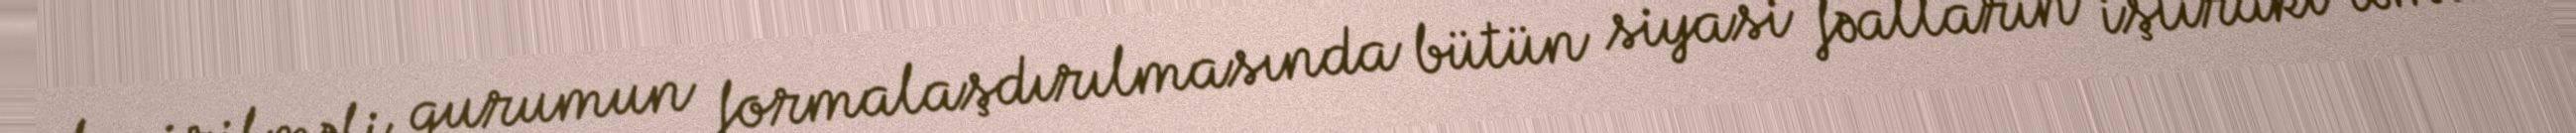
keçirilməli, qurumun formalaşdırılmasında bütün siyasi fəalların iştirakı təmin